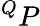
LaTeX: ^QP